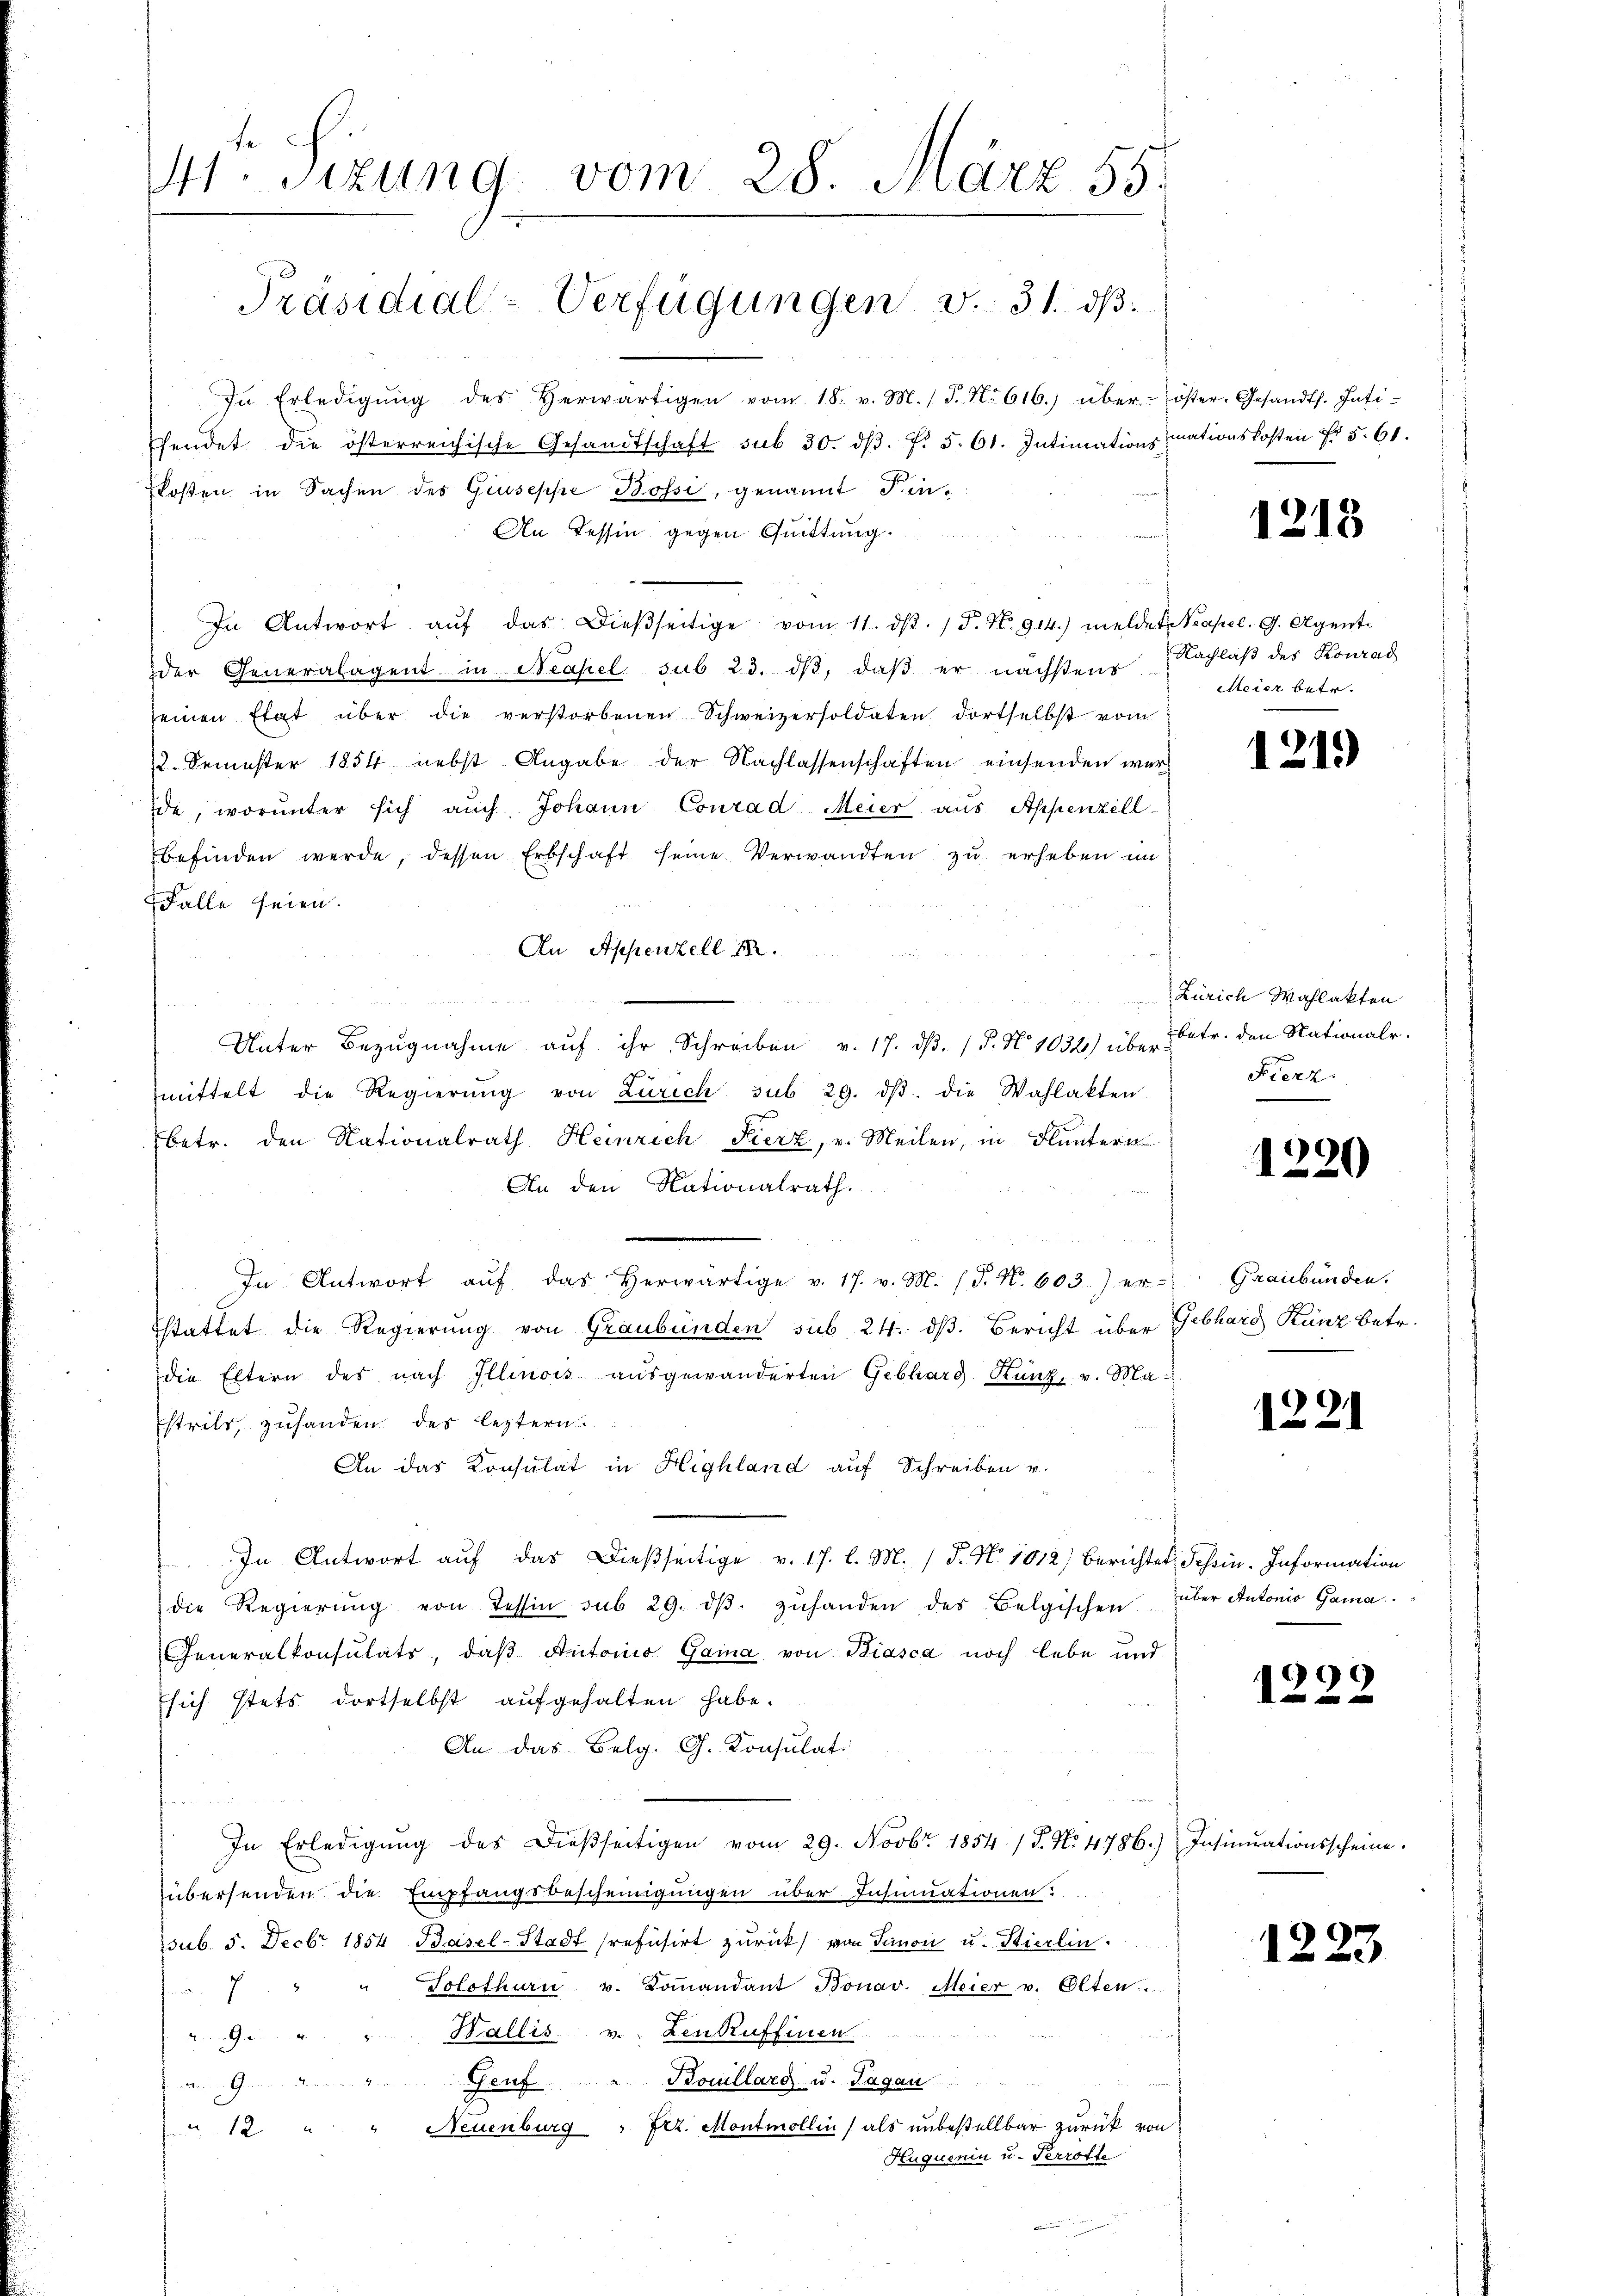
M. Sizung vom 28. März 55.

In Erledigŭng des herwärtigen vom 18. v. M. P. Nr. 616.) über- öster-Gesandts. Inti-
fendet die österreichische Gesandtschaft sub 30. dβ. f. 5. 61. Intimationsmationskosten fr. 5. 61.
kosten in Sachen des Giuseppe Bossi, genannt Fin¬
An Tessin gegen Quittung
In Antwort aŭf das Dieβseitige vom 11. dβ. / 5. No 914.) meldet. Neapel. G. Agentder Generalagent in Neapel sub 23. dβ, daß er nächstens
seinen Etat über die verstorbenen Schweizersoldaten dortselbst vom
2. Semester 1854 nebst Angabe der Nachlassenschaften einsenden werde, worunter sich auch Johann Conrad Meier aus Appenzell-
befinden werde, dessen Erbschaft seine Verwandten zu erheben im
Falle seien.
An Appenzell I.

Unter Bezŭgnahme aŭf ihr Schreiben v. 17. dβ. / P. No 1034) über betr. den Nationalr.
mittelt die Regierŭng von Zürich sub 29. dβ. die Wahlakten.
Betr. den Nationalrath Heinrich Fierz, v. Meilen, in Fluntern
An den Nationalrath.
In Antwort aŭf das herwärtige v. 17. v. M. (T. N. 603) er-Graubünden.
stattet die Regierung von Graubünden sub. 24. dß. Bericht über Gebhard Kunz betr.
die Eltern des nach Illinois ausgewänderten Gebhard Kunz, v. Ma¬
Estrils, zuhanden des leztern.
An das Konsulat in Highland auf Schreiben v.
In Antwort aŭf das dieβseitige v. 17. l. M. / P. Nr. 1012 berichtet, dahin. Information
die Regierŭng von Tessin sub 29. dβ zŭhanden des Belgischen
Generalkonsulats, daβ Autoris Gaia von Biasca noch lebe und
sich stets dortselbst aufgehalten habe.
An das Belg. G. Konsulati
r
In Erledigŭng des dießseitigen vom 29. Novbr. 1854 /T. N. 4786.) Insinuationsscheine.
übersenden die Empfangsbescheinigungen über Insinuationen
sub. 5. Decbr 1854 Basel-Stadt refusirt zurück, von Sanon u. Stierlin.
7 " " Solothurn u. Coṁandant Bonav. Meier v. Olten.
9. " " Wallis. v. Lenkuffinen
9 " " Genf " Bouillard u. Tagan
" 12 " " Neuenburg " frz. Montmollin, als unbestellbar zurück von
Huquenin u. Perrotte

Präsidial-Verfügungen v. 31. ds.

1213

Nachlaß des Konrad
Meier betr.

1219)

Zürich Wahlakten
Fierz

1220

1221

über Autonio Gama

1299

1223